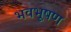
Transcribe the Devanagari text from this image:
भवभूषण